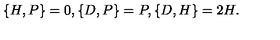
\{ H , P \} = 0 , \{ D , P \} = P , \{ D , H \} = 2 H .